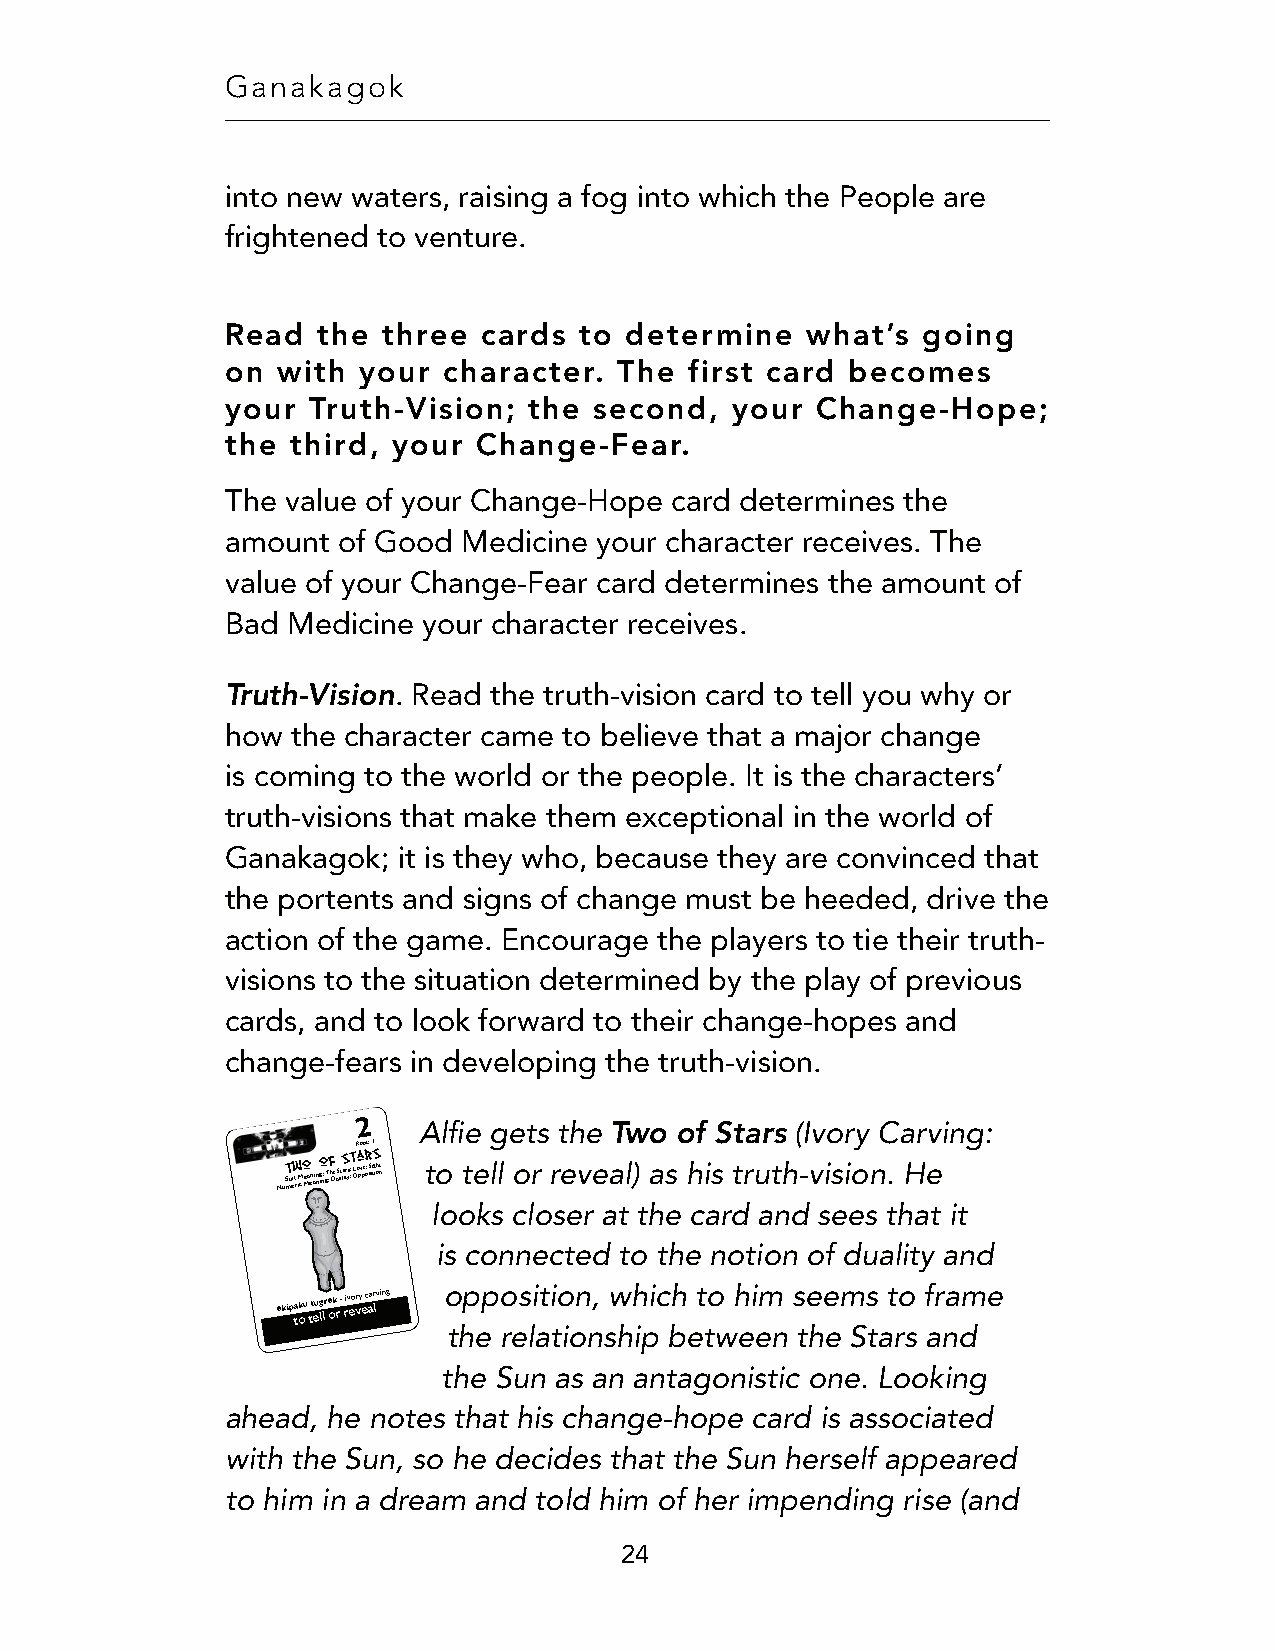
Ganakagok
 into new waters, raising a fog into which the People are
 frightened to venture.
 Read  the three  cards to determine   what’s  going
 on with  your character.  The  first card becomes
 your Truth-Vision;  the second,  your  Change-Hope;
 the third, your  Change-Fear.
 The value of your Change-Hope card determines the
 amount of Good  Medicine your character receives. The
 value of your Change-Fear card determines the amount of
 Bad Medicine your character receives.
 Truth-Vision
 . Read the truth-vision card to tell you why or
 how the character came to believe that a major change
 is coming to the world or the people. It is the characters’
 truth-visions that make them exceptional in the world of
 Ganakagok; it is they who, because they are convinced that
 the portents and signs of change must be heeded, drive the
 action of the game. Encourage the players to tie their truth-
 visions to the situation determined by the play of previous
 cards, and to look forward to their change-hopes and
 change-fears in developing the truth-vision.
 2               Two  of Stars
 Alfie gets the           (Ivory Carving:
 Root: 1
 NuS mT u eiw t r iM c o e Ma en ain ngo in: gT :f h De uS at laS itr ys; ;t L Ooa pv pe o;r sS ii tgs ioht n to tell or reveal) as his truth-vision. He
 looks closer at the card and sees that it
 is connected to the notion of duality and
 ekipa tk ou tt eug llr e ok r - riv eor vy e c aar lving opposition, which to him seems to frame
 the relationship between the Stars and
 the Sun as an antagonistic one. Looking
 ahead, he notes that his change-hope card is associated
 with the Sun, so he decides that the Sun herself appeared
 to him in a dream and told him of her impending rise (and
 24